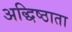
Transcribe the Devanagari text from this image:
अद्धिष्ठाता